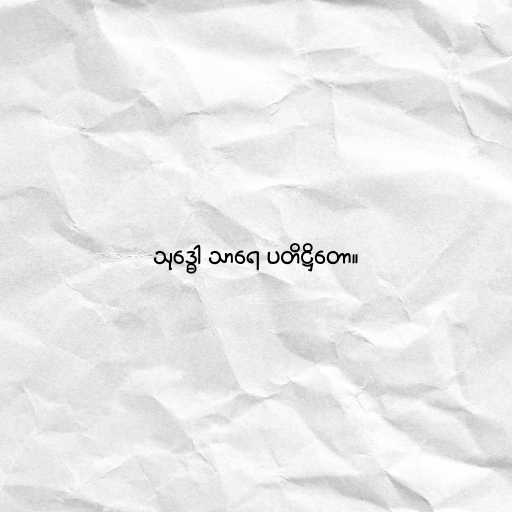
သုဒ္ဓေါ သာရေ ပတိဋ္ဌိတော။